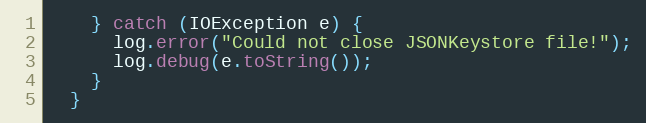
Language: Java
    } catch (IOException e) {
      log.error("Could not close JSONKeystore file!");
      log.debug(e.toString());
    }
  }